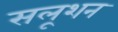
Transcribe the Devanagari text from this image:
सलूशन